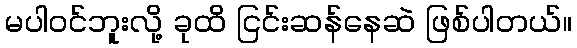
မပါဝင်ဘူးလို့ ခုထိ ငြင်းဆန်နေဆဲ ဖြစ်ပါတယ်။